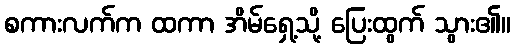
စကားလက်က ထကာ အိမ်ရှေ့သို့ ပြေးထွက် သွား၏။